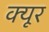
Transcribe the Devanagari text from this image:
क्यूर